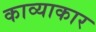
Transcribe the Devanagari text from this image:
काव्याकार